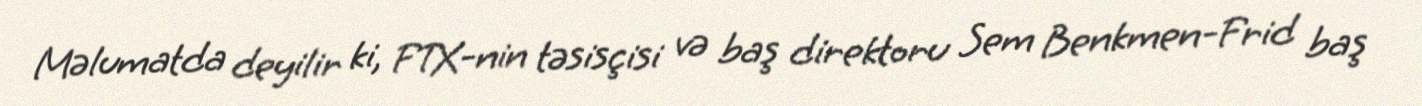
Məlumatda deyilir ki, FTX-nin təsisçisi və baş direktoru Sem Benkmen-Frid baş